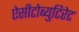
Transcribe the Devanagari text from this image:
ऐसीटोब्युटिरेट